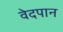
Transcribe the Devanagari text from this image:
वेदपान